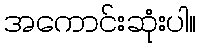
အကောင်းဆုံးပါ။